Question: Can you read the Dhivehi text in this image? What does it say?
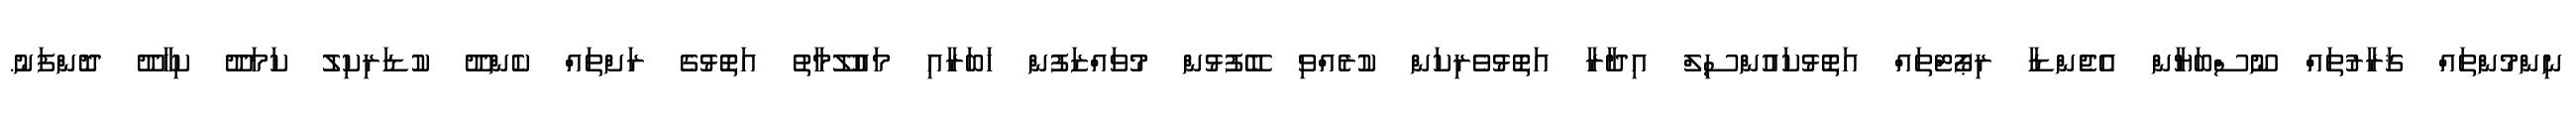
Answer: ނިންމުންތައް ޤަރާރުތައް ނޫސްބަޔާން އެޖެންޑާ ރިޕޯޓްތައް އަތޮޅުކައުންސިލް އިދާރާ އަތޮޅުވެރިކަން ކުރެއްވި ބޭފުޅުން މުވައްޒަފުން ޚަބަރާއި މައުލޫމާތު އަތޮޅުގެ ރަށްތައް ކެންދޫ ކުޑަރިކިލު ކަމަދޫ ކިހާދޫ ދޮންފަނު.